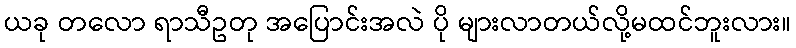
ယခု တလော ရာသီဥတု အပြောင်းအလဲ ပို များလာတယ်လို့မထင်ဘူးလား။